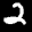
Label: 2